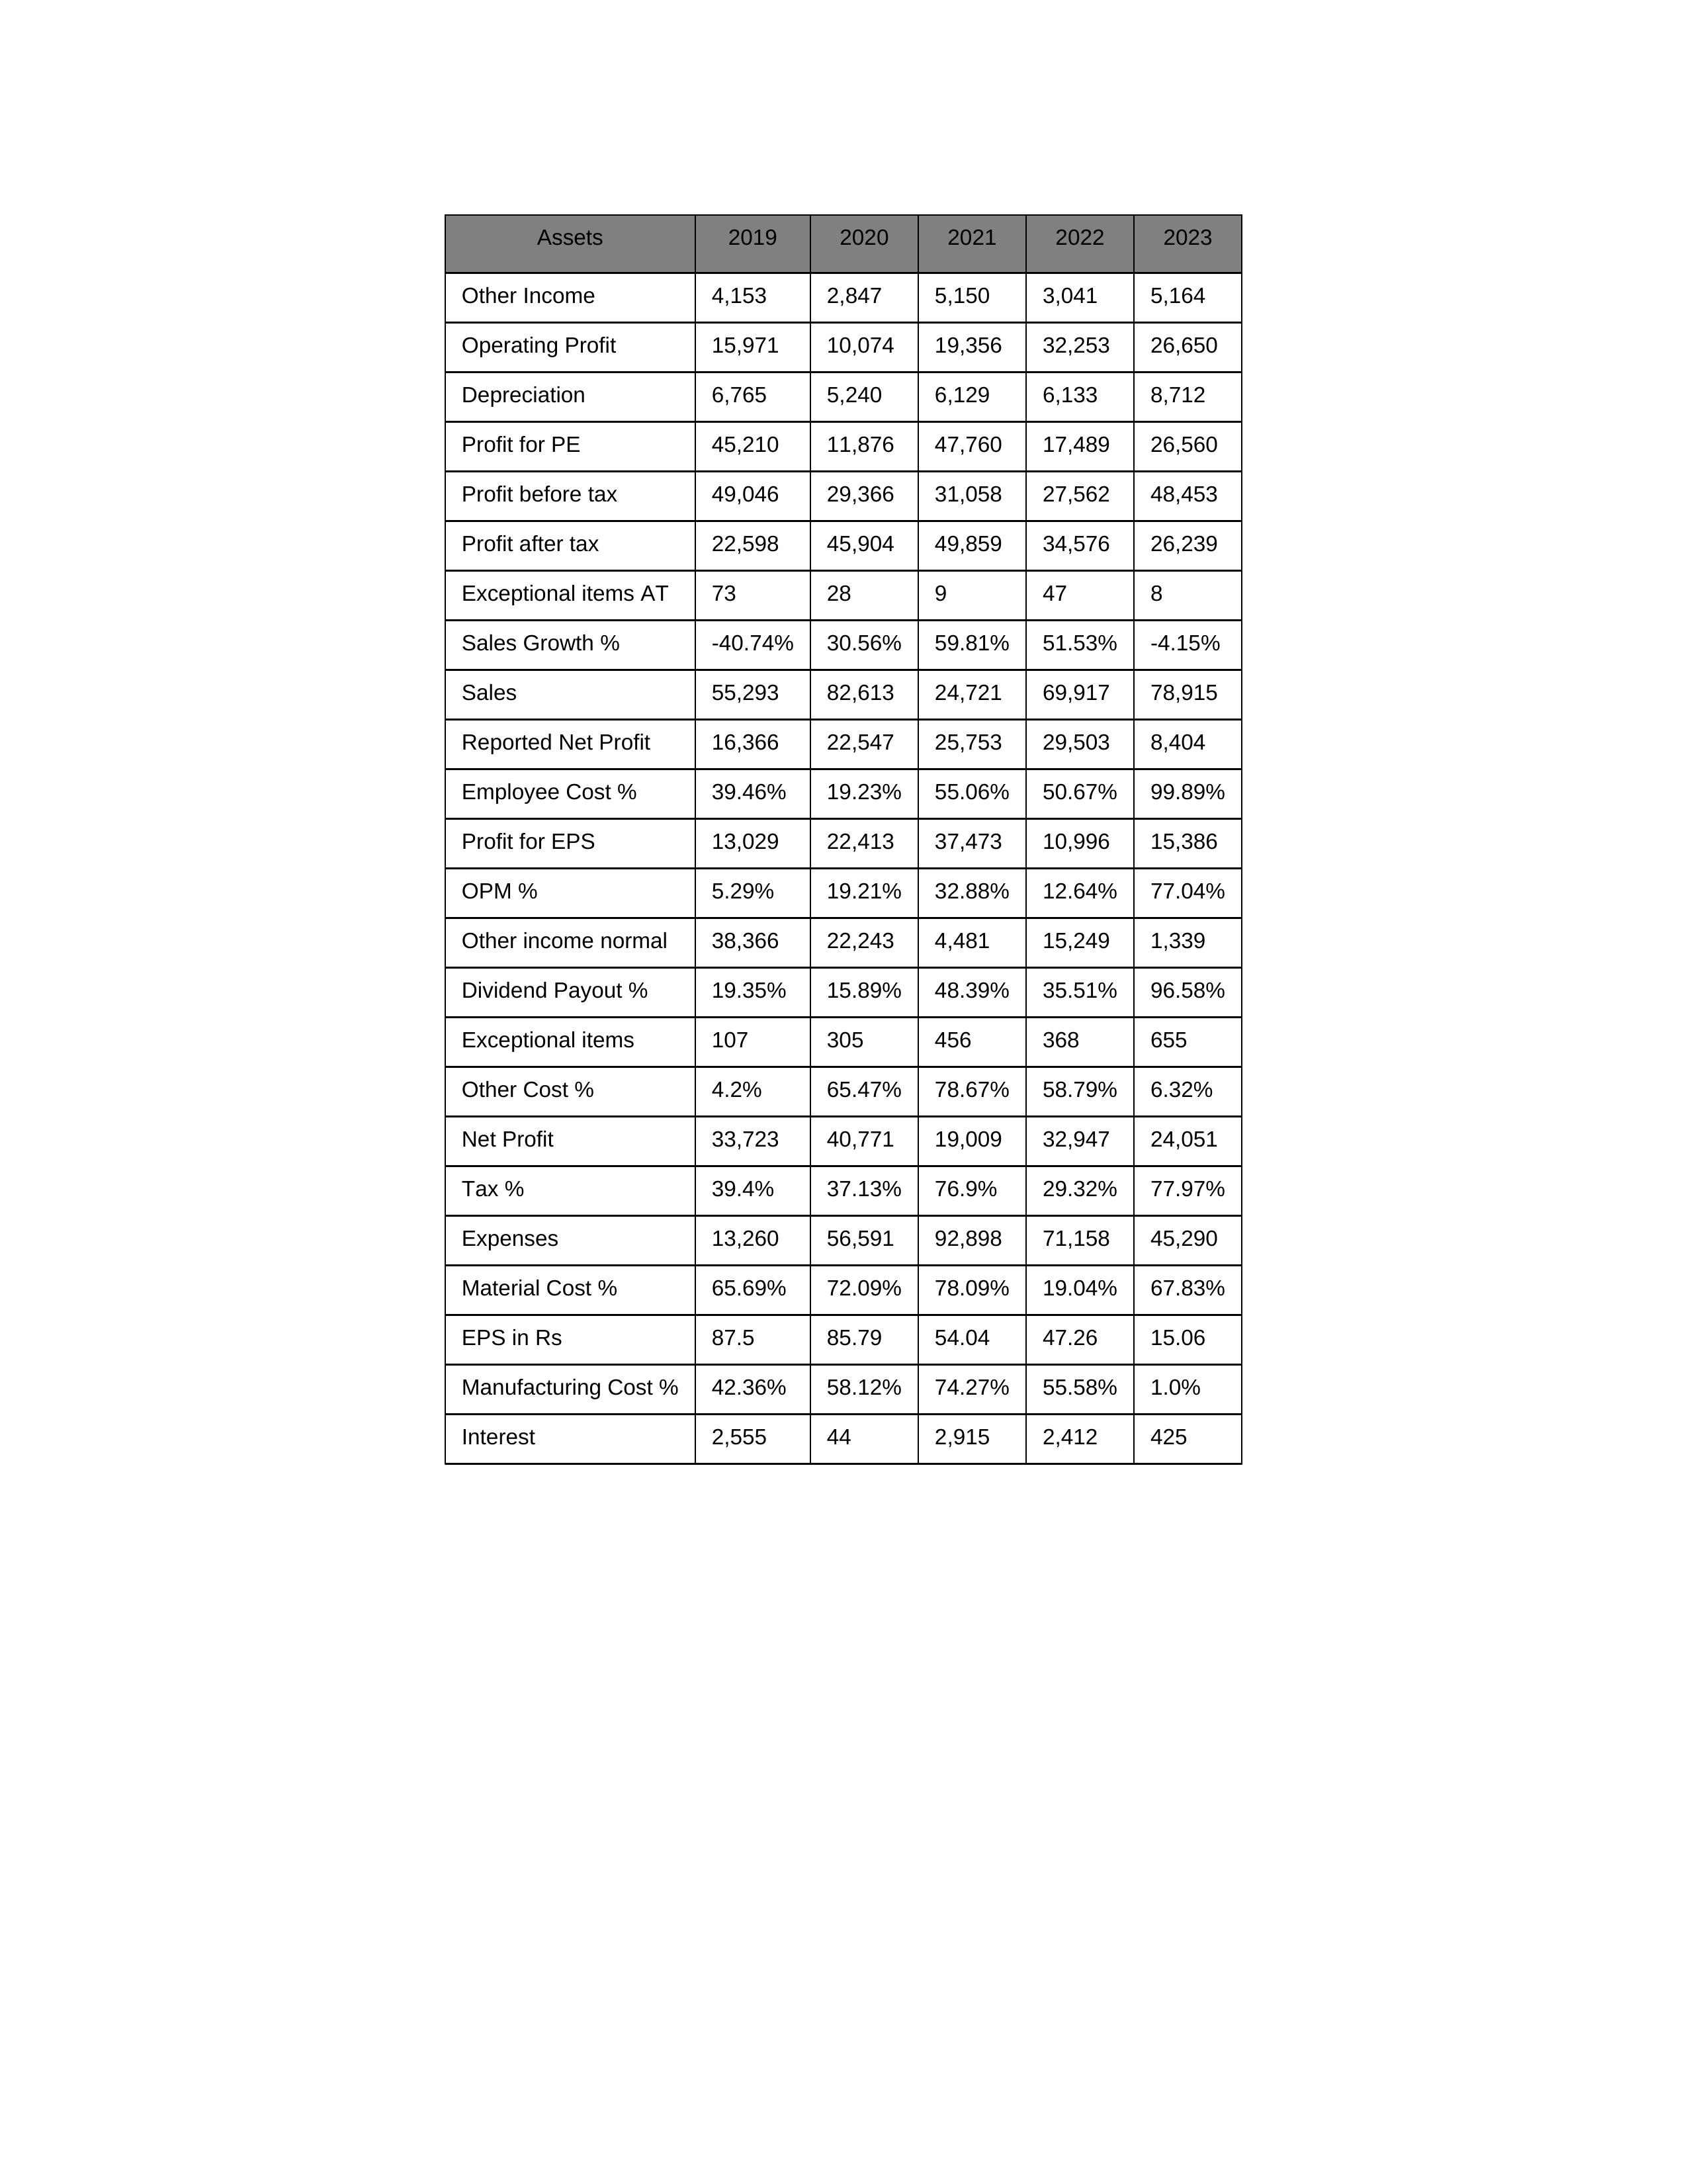
gt_parse: 2019: Sales: 55,293
Sales Growth %: -40.74%
Expenses: 13,260
Material Cost %: 65.69%
Manufacturing Cost %: 42.36%
Employee Cost %: 39.46%
Other Cost %: 4.2%
Operating Profit: 15,971
OPM %: 5.29%
Other Income: 4,153
Exceptional items: 107
Other income normal: 38,366
Interest: 2,555
Depreciation: 6,765
Profit before tax: 49,046
Tax %: 39.4%
Net Profit: 33,723
Profit after tax: 22,598
Reported Net Profit: 16,366
Profit for EPS: 13,029
Exceptional items AT: 73
Profit for PE: 45,210
EPS in Rs: 87.5
Dividend Payout %: 19.35%
2020: Sales: 82,613
Sales Growth %: 30.56%
Expenses: 56,591
Material Cost %: 72.09%
Manufacturing Cost %: 58.12%
Employee Cost %: 19.23%
Other Cost %: 65.47%
Operating Profit: 10,074
OPM %: 19.21%
Other Income: 2,847
Exceptional items: 305
Other income normal: 22,243
Interest: 44
Depreciation: 5,240
Profit before tax: 29,366
Tax %: 37.13%
Net Profit: 40,771
Profit after tax: 45,904
Reported Net Profit: 22,547
Profit for EPS: 22,413
Exceptional items AT: 28
Profit for PE: 11,876
EPS in Rs: 85.79
Dividend Payout %: 15.89%
2021: Sales: 24,721
Sales Growth %: 59.81%
Expenses: 92,898
Material Cost %: 78.09%
Manufacturing Cost %: 74.27%
Employee Cost %: 55.06%
Other Cost %: 78.67%
Operating Profit: 19,356
OPM %: 32.88%
Other Income: 5,150
Exceptional items: 456
Other income normal: 4,481
Interest: 2,915
Depreciation: 6,129
Profit before tax: 31,058
Tax %: 76.9%
Net Profit: 19,009
Profit after tax: 49,859
Reported Net Profit: 25,753
Profit for EPS: 37,473
Exceptional items AT: 9
Profit for PE: 47,760
EPS in Rs: 54.04
Dividend Payout %: 48.39%
2022: Sales: 69,917
Sales Growth %: 51.53%
Expenses: 71,158
Material Cost %: 19.04%
Manufacturing Cost %: 55.58%
Employee Cost %: 50.67%
Other Cost %: 58.79%
Operating Profit: 32,253
OPM %: 12.64%
Other Income: 3,041
Exceptional items: 368
Other income normal: 15,249
Interest: 2,412
Depreciation: 6,133
Profit before tax: 27,562
Tax %: 29.32%
Net Profit: 32,947
Profit after tax: 34,576
Reported Net Profit: 29,503
Profit for EPS: 10,996
Exceptional items AT: 47
Profit for PE: 17,489
EPS in Rs: 47.26
Dividend Payout %: 35.51%
2023: Sales: 78,915
Sales Growth %: -4.15%
Expenses: 45,290
Material Cost %: 67.83%
Manufacturing Cost %: 1.0%
Employee Cost %: 99.89%
Other Cost %: 6.32%
Operating Profit: 26,650
OPM %: 77.04%
Other Income: 5,164
Exceptional items: 655
Other income normal: 1,339
Interest: 425
Depreciation: 8,712
Profit before tax: 48,453
Tax %: 77.97%
Net Profit: 24,051
Profit after tax: 26,239
Reported Net Profit: 8,404
Profit for EPS: 15,386
Exceptional items AT: 8
Profit for PE: 26,560
EPS in Rs: 15.06
Dividend Payout %: 96.58%